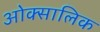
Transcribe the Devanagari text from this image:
ओक्सालिक